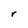
Character: r